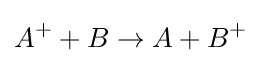
A^{+}+B\to A+B^{+}